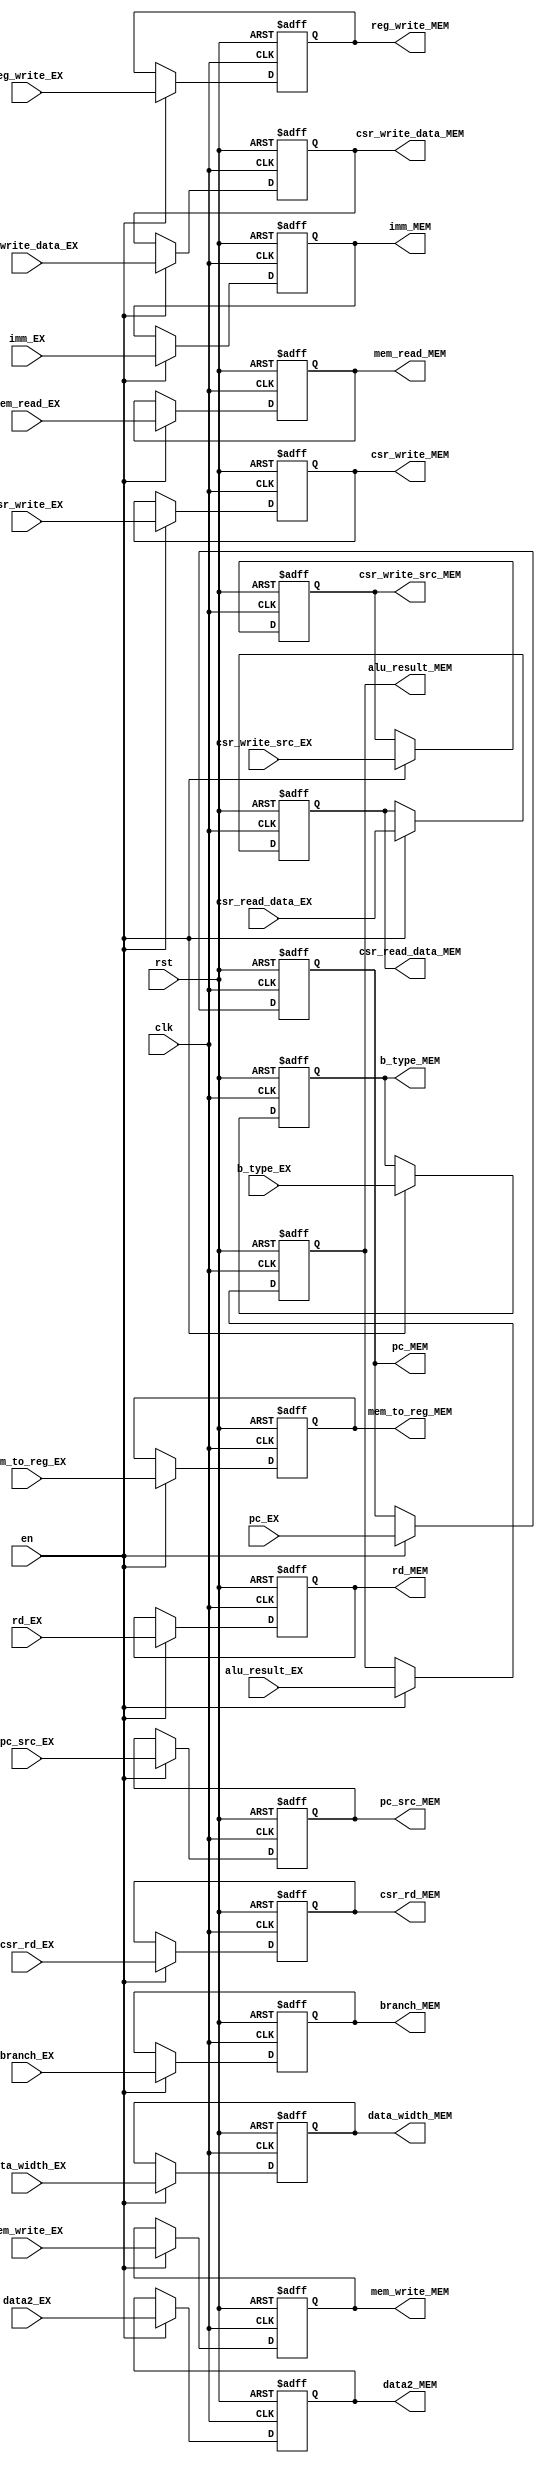
`timescale 1ns / 1ps

module RegEXMEM (
    input               clk,
    input               rst,
    input               en,
    input       [63:0]  pc_EX,
    input       [1:0]   pc_src_EX,
    input       [4:0]   rd_EX,
    input       [63:0]  imm_EX,
    input       [63:0]  data2_EX,
    input       [63:0]  alu_result_EX,
    input       [2:0]   mem_to_reg_EX,
    input               reg_write_EX,
    input               branch_EX,
    input               b_type_EX,
    input               mem_write_EX,
    input               mem_read_EX,
    input       [2:0]   data_width_EX,
    input       [11:0]  csr_rd_EX,
    input               csr_write_EX,
    input               csr_write_src_EX,
    input       [63:0]  csr_write_data_EX,
    input       [63:0]  csr_read_data_EX,
    output  reg [63:0]  pc_MEM,
    output  reg [1:0]   pc_src_MEM,
    output  reg [4:0]   rd_MEM,
    output  reg [63:0]  imm_MEM,
    output  reg [63:0]  data2_MEM,
    output  reg [63:0]  alu_result_MEM,
    output  reg [2:0]   mem_to_reg_MEM,
    output  reg         reg_write_MEM,
    output  reg         branch_MEM,
    output  reg         b_type_MEM,
    output  reg         mem_write_MEM,
    output  reg         mem_read_MEM,
    output  reg [2:0]   data_width_MEM,
    output  reg [11:0]  csr_rd_MEM,
    output  reg         csr_write_MEM,
    output  reg         csr_write_src_MEM,
    output  reg [63:0]  csr_write_data_MEM,
    output  reg [63:0]  csr_read_data_MEM
);
    always @(posedge clk or posedge rst) begin
        if (rst) begin
            pc_MEM <= 63'h0;
            pc_src_MEM <= 2'h0;
            rd_MEM <= 5'h0;
            imm_MEM <= 63'h0;
            data2_MEM <= 63'h0;
            alu_result_MEM <= 63'h0;
            mem_to_reg_MEM <= 3'h0;
            reg_write_MEM <= 1'h0;
            branch_MEM <= 1'h0;
            b_type_MEM <= 1'h0;
            mem_write_MEM <= 1'h0;
            mem_read_MEM <= 1'h0;
            data_width_MEM <= 3'h0;
            csr_rd_MEM <= 12'h0;
            csr_write_MEM <= 1'h0;
            csr_write_src_MEM <= 1'h0;
            csr_write_data_MEM <= 63'h0;
            csr_read_data_MEM <= 63'h0;
        end else if (en) begin
            pc_MEM <= pc_EX;
            pc_src_MEM <= pc_src_EX;
            rd_MEM <= rd_EX;
            imm_MEM <= imm_EX;
            data2_MEM <= data2_EX;
            alu_result_MEM <= alu_result_EX;
            mem_to_reg_MEM <= mem_to_reg_EX;
            reg_write_MEM <= reg_write_EX;
            branch_MEM <= branch_EX;
            b_type_MEM <= b_type_EX;
            mem_write_MEM <= mem_write_EX;
            mem_read_MEM <= mem_read_EX;
            data_width_MEM <= data_width_EX;
            csr_rd_MEM <= csr_rd_EX;
            csr_write_MEM <= csr_write_EX;
            csr_write_src_MEM <= csr_write_src_EX;
            csr_write_data_MEM <= csr_write_data_EX;
            csr_read_data_MEM <= csr_read_data_EX;
        end
    end
endmodule